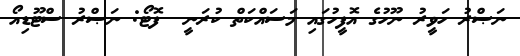
ނަޞްރު ހަވީރު ނޫހުގެ އޮފީހުގައި މަސައްކަތް ކުރަނީ  ފޮޓޯ: ނަޞްރު ސްޓޫޑިއޯ